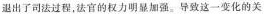
退出了司法过程，法官的权力明显加强。导致这一变化的关